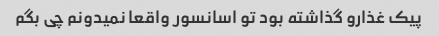
پیک غذارو گذاشته بود تو اسانسور واقعا نمیدونم چی بگم